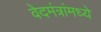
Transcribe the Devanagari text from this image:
वेदमंत्रांमध्ये